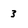
Character: 3